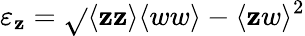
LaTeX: \varepsilon_{\mathbf{z}}=\sqrt{}{{\langle{\mathbf{z}\mathbf{z}}\rangle\langle{ww}\rangle-\langle{\mathbf{z}w}\rangle^{2}}}